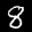
Label: 8